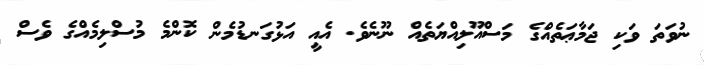
ނުވަތަ ވަކި ޖަމާޢަތެއްގެ މަސްއޫލިއްޔަތެއް ނޫނެވެ. އެއީ އަޅުގަނޑުމެން ކޮންމެ މުސްލިމެއްގެ ވެސް